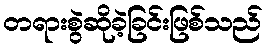
တရားစွဲဆိုခဲ့ခြင်းဖြစ်သည်